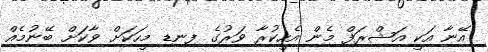
އޭނާ އަކީ އަޝްރަފް މެން އެހީކުރާ ވަރުގެ ފިނޑި މީހަކަށް ވާކަށް ބޭނުމެއް